Civil Veterinary Department Bengal reports 1933-51 - 1933-1951
Year: 1933
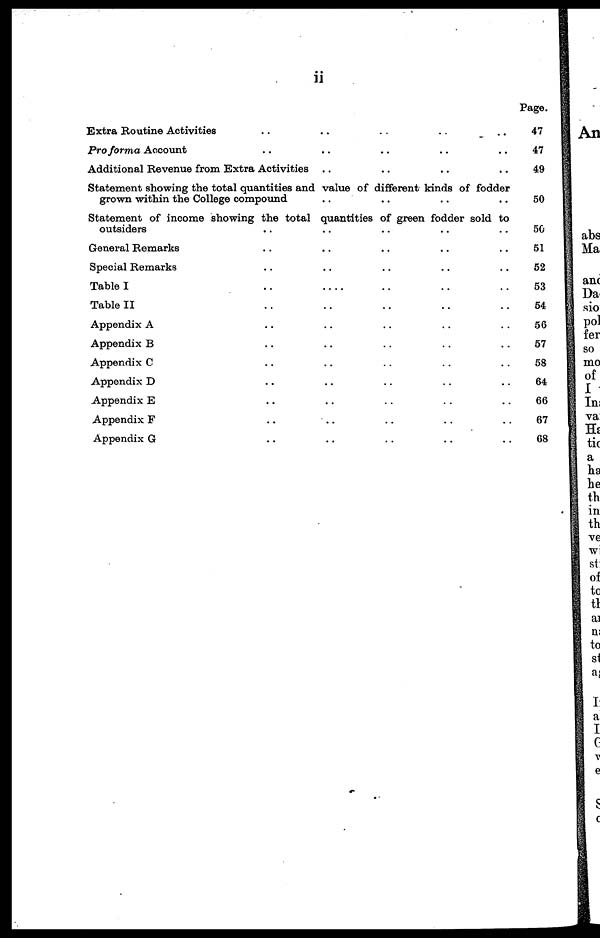
ii
Extra Routine Activities .. .. .. .. ..
Pro forma Account .. .. .. ..
Additional Revenue from Extra Activities .. .. .. ..
Statement showing the total quantities and value of different kinds of fodder
grown within the College compound .. .. .. ..
Statement of income showing the total quantities of green fodder sold to
outsiders .. .. .. .. ..
General Remarks .. .. .. .. ..
Special Remarks .. .. .. .. ..
Table I
..
..
..
..
..
Table II .. .. .. .. ..
Appendix A .. .. .. .. ..
Appendix B .. .. .. .. ..
Appendix C .. .. .. .. ..
Appendix D .. .. .. .. ..
Appendix E .. .. .. .. ..
Appendix F .. .. .. .. ..
Appendix G .. .. .. .. ..
Page.
47
47
49
50
50
51
52
53
54
56
57
58
64
66
67
68